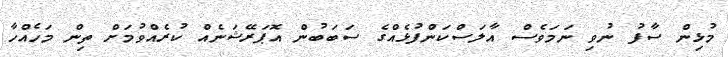
މުޅިން ސާފު ނުވި ނަމަވެސް އާލަސްކަންފުޅެއްގެ ސަބަބުން އޮޕަރޭޝަނެއް ކުރެއްވުމަށް ތިން މަހެއްހާ